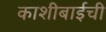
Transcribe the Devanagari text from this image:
काशीबाईची